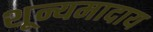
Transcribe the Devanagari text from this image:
शून्यमादाय